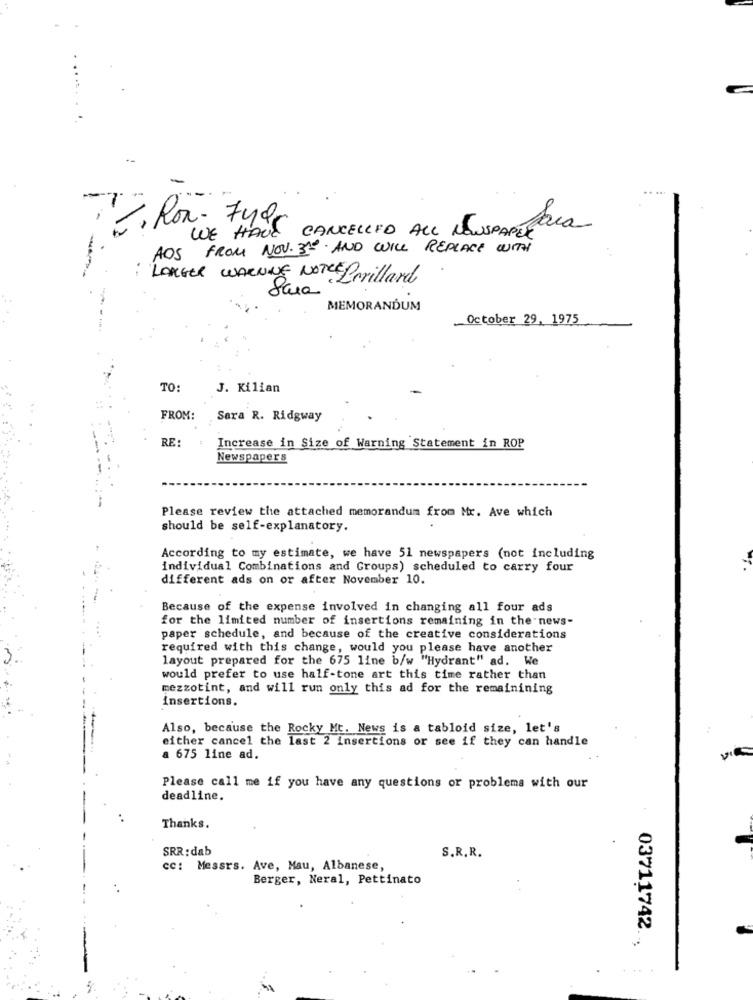
...
-
. Rox- 749
CANCELLED ALL NOUSPAR
Para
WE HAVE
AOS FROM NOV. 30 AND WILL REPLACE WITH
: LARGER WARNING NOTE Lorillard
MEMORANDUM
October 29, 1975
TO:
J. Kilian
FROM:
Sara R. Ridgway
RE:
Increase in Size of Warning Statement in ROP
Newspapers
Please review the attached memorandum from Mr. Ave which
should be self-explanatory.
According to my estimate, we have 51 newspapers (not including
individual Combinations and Groups) scheduled to carry four
different ads on or after November 10.
Because of the expense involved in changing all four ads
for the limited number of insertions remaining in the news-
paper schedule, and because of the creative considerations
required with this change, would you please have another
layout prepared for the 675 line b/w "Hydrant" ad. We
would prefer to use half-tone art this time rather than
mezzotint, and will run only this ad for the remainining
insertions.
Also, because the Rocky Mt. News is a tabloid size, let's
either cancel the last 2 insertions or see if they can handle
a 675 line ad.
Please call me if you have any questions or problems with our
deadline.
Thanks.
SRR: dab
S.R.R.
cc: Messrs. Ave, Mau, Albanese,
Berger, Neral, Pettinato
03711742 ..